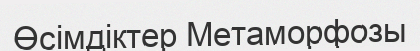
Өсімдіктер Метаморфозы